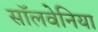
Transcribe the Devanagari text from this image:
सॉलवेनिया